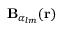
\mathbf { B } _ { \alpha _ { l m } } ( \mathbf { r } )